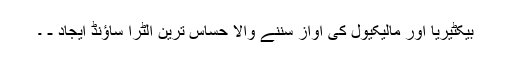
بیکٹیریا اور مالیکیول کی آواز سننے والا حساس ترین الٹرا ساؤنڈ ایجاد - ۔